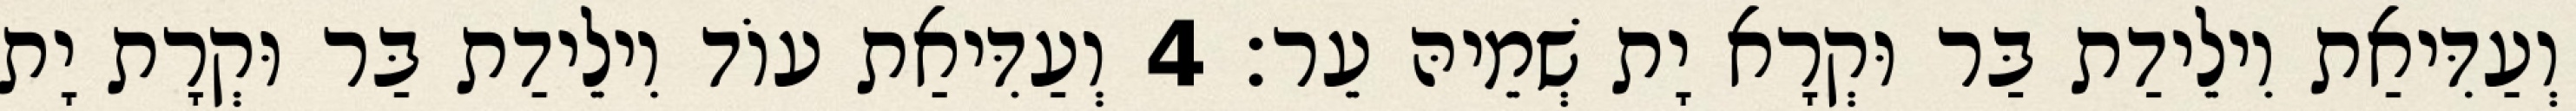
וְעַדִּיאַת וִילֵידַת בַּר וּקְרָא יָת שְׁמֵיהּ עֵר׃ 4 וְעַדִּיאַת עוֹד וִילֵידַת בַּר וּקְרָת יָת